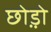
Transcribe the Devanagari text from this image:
छो़ड़ो